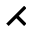
\rightthreetimes